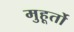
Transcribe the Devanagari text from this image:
मुहूर्तो